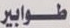
طوابير